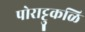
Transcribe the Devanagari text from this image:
पोराट्टुकळि